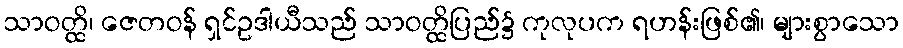
သာဝတ္ထိ၊ ဇေတဝန် ရှင်ဥဒါယီသည် သာဝတ္ထိပြည်၌ ကုလုပက ရဟန်းဖြစ်၏၊ များစွာသော